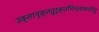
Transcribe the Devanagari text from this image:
उक्तानुक्तदुरूक्तचिन्ताकारितु